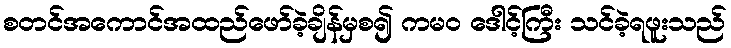
စတင်အကောင်အထည်ဖော်ခဲ့ချိန်မှစ၍ ကမဝ ဒေါင့်ကြီး သင်ခဲ့ရဖူးသည်